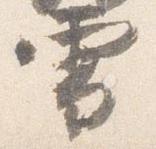
雪